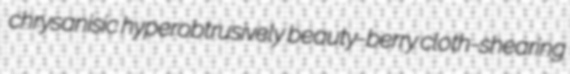
chrysanisic hyperobtrusively beauty-berry cloth-shearing